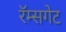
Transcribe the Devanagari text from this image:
रॅम्सगेट